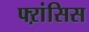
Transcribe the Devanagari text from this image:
फ्ऱांसिस